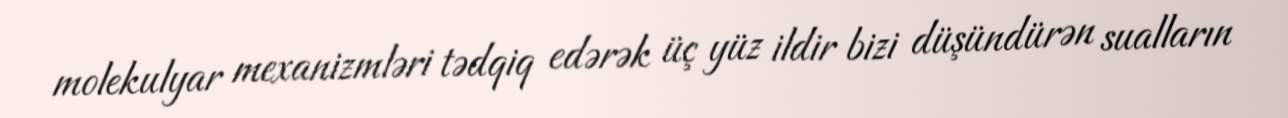
molekulyar mexanizmləri tədqiq edərək üç yüz ildir bizi düşündürən sualların